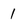
Character: 1